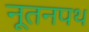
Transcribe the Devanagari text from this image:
नूतनपथ